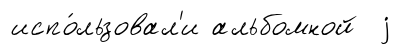
испо́льзовал'и альбомной j